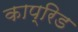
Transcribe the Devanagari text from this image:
काप्रिड